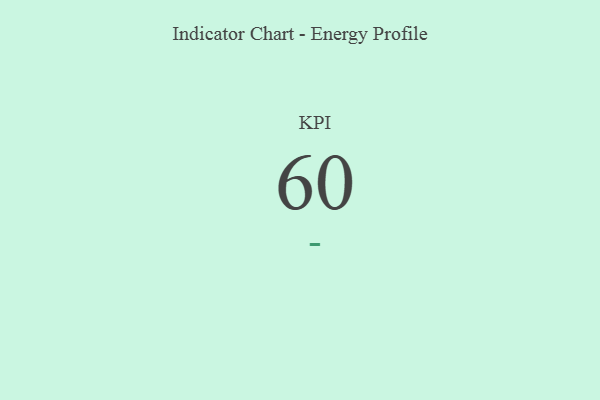
{"axis": {"x": "KPI", "y": "Value"}, "legend": [""], "data": [{"x": "KPI", "y": 60, "type": ""}]}